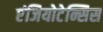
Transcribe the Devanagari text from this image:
एंजियोटेन्सिस